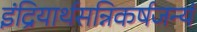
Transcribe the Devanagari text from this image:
इंद्रियार्थसन्निकर्षजन्यं